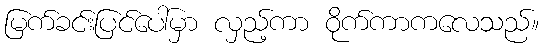
မြက်ခင်းပြင်ပေါ်မှာ လှည့်ကာ ဝိုက်ကာကလေသည်။